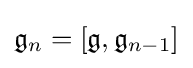
{\mathfrak {g}}_{n}=[{\mathfrak {g}},{\mathfrak {g}}_{n-1}]